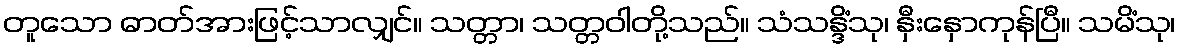
တူသော ဓာတ်အားဖြင့်သာလျှင်။ သတ္တာ၊ သတ္တဝါတို့သည်။ သံသန္ဒိံသု၊ နှီးနှောကုန်ပြီ။ သမိံသု၊